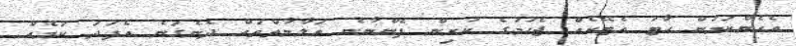
އެހެންކަމުން ހާޓު އެޓޭކެއް ޖެހުމުގެ ކުރިން ފެންނާނެ އަލާމާތްތައް ދެނެގަނެ އެފަދަ ކަމެއް